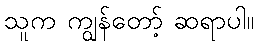
သူက ကျွန်တော့် ဆရာပါ။